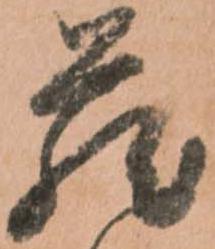
蔵